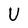
Character: U